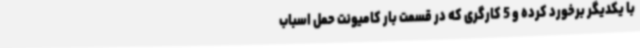
با یکدیگر برخورد کرده و 5 کارگری که در قسمت بار کامیونت حمل اسباب